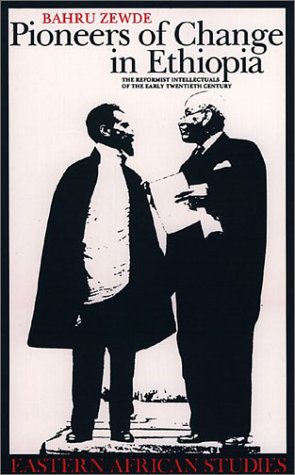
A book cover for Pioneers Of Change In Ethiopia: Reformist Intellectuals Of Early Twentieth Century (Eastern African Studies); Bahru Zewde; History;